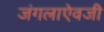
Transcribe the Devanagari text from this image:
जंगलाऐवजी